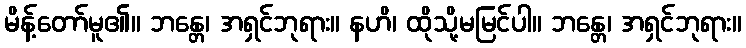
မိန့်တော်မူ၏။ ဘန္တေ၊ အရှင်ဘုရား။ နဟိ၊ ထိုသို့မမြင်ပါ။ ဘန္တေ၊ အရှင်ဘုရား။